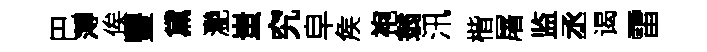
巴薄俟豐黛灧蚩究皁矦袍翁汛楷屠监丞谒雷